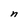
Character: n